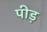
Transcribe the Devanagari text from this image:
पीड़